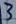
Text: 3